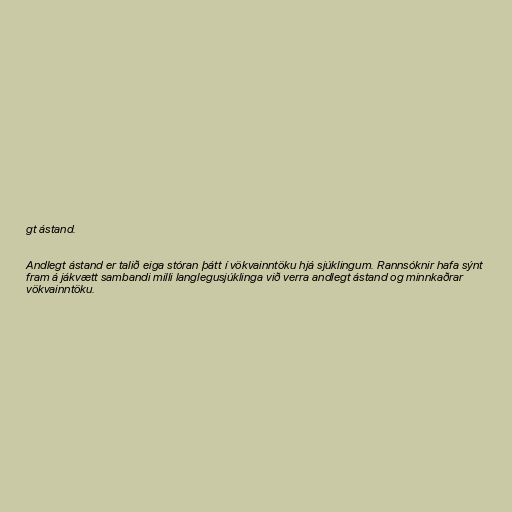
gt ástand.

Andlegt ástand er talið eiga stóran þátt í vökvainntöku hjá sjúklingum. Rannsóknir hafa sýnt
fram á jákvætt sambandi milli langlegusjúklinga við verra andlegt ástand og minnkaðrar
vökvainntöku.